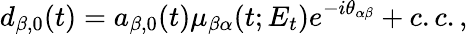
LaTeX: d_{\beta,0}(t)=a_{\beta,0}(t)\mu_{\beta\alpha}(t;E_{t})e^{-i\theta_{\alpha\beta}}+c.c.,